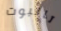
تالبوت